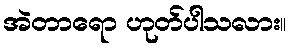
အဲတာရော ဟုတ်ပါသလား။